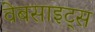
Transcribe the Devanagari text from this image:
वेबसाइट्‌स